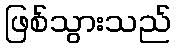
ဖြစ်သွားသည်